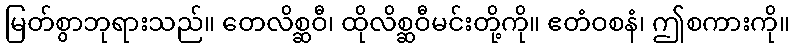
မြတ်စွာဘုရားသည်။ တေလိစ္ဆဝီ၊ ထိုလိစ္ဆဝီမင်းတို့ကို။ ဧတံဝစနံ၊ ဤစကားကို။